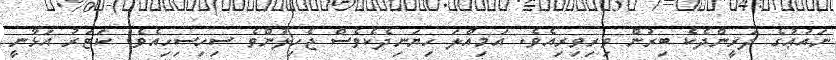
ނައުޢުގެ ދަރީންދެކެ ބިރުން ވިރިވިރިއެވެ. އަމިއްލަ ހިޔަނިދެކެވެސް ޖެހިލުންވެ ސިހިސިހިއެވެ. ކަޓަރު އަޅާނީ